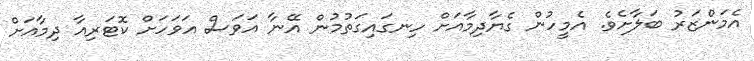
އެމަންޒަރު ބަލާށެވެ. އެމީހުން ގެޔާދިމާއަށް ހިނގައިގަތުމުން އޭނާ އަވަސް އަވަހަށް ކޮޓަރިއާ ދިމާއަށް